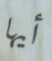
أيها